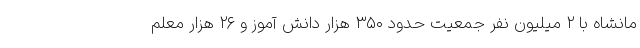
مانشاه با ۲ میلیون نفر جمعیت حدود ۳۵۰ هزار دانش آموز و ۲۶ هزار معلم